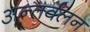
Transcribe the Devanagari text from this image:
अन्तर्वलन